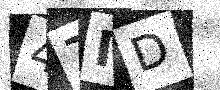
Text: 47ID